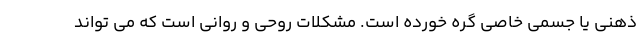
ذهنی یا جسمی خاصی گره خورده است. مشکلات روحی و روانی است که می تواند